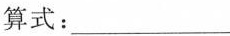
算式：___